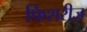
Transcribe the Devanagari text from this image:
फिशरीज़